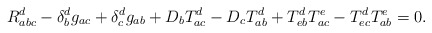
\begin{align*}R_{abc}^d-\delta _b^dg_{ac}+\delta_c^dg_{ab}+D_bT_{ac}^d-D_cT_{ab}^d+T_{eb}^dT_{ac}^e-T_{ec}^dT_{ab}^e=0.\end{align*}